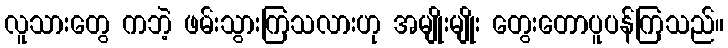
လူသားတွေ ကဘဲ့ ဖမ်းသွားကြသလားဟု အမျိုးမျိုး တွေးတောပူပန်ကြသည်။